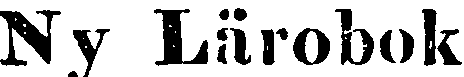
Ny Lärobok